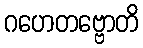
ဂဟေတဗ္ဗောတိ